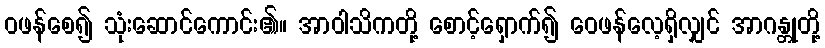
ဝဖန်စေ၍ သုံးဆောင်ကောင်း၏။ အာဝါသိကတို့ စောင့်ရှောက်၍ ဝေဖန်လေ့ရှိလျှင် အာဂန္တုတို့